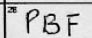
Transcription: PBF